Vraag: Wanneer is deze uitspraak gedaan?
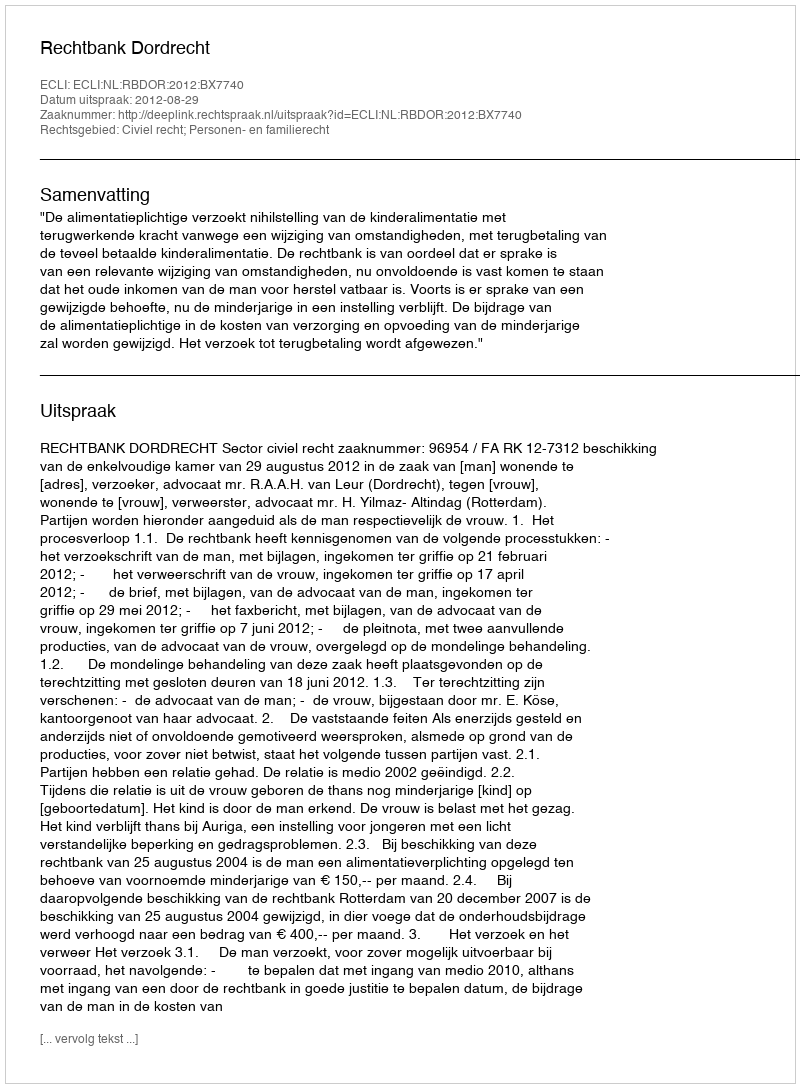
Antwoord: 2012-08-29